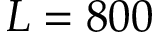
L = 8 0 0